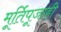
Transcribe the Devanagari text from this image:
मूर्तिपूजाही